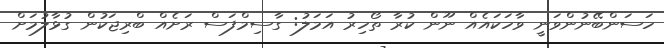
ހަސަންބޭނުންވަނީ ވާހަކައެއް ނޫން ކުރާ ތޯހިރު އަމަލު: ގާސިމްފަސް ރަށެއް ބްރިޖަކުން ގުޅާލުމަށް